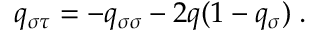
q _ { \sigma \tau } = - q _ { \sigma \sigma } - 2 q ( 1 - q _ { \sigma } ) \; .